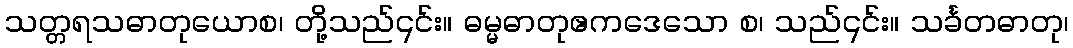
သတ္တရသဓာတုယောစ၊ တို့သည်၎င်း။ ဓမ္မဓာတုဧကဒေသော စ၊ သည်၎င်း။ သင်္ခတဓာတု၊